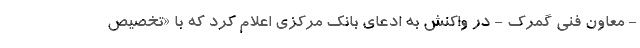
- معاون فنی گمرک - در واکنش به ادعای بانک مرکزی اعلام کرد که با «تخصیص